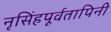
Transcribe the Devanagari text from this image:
नृसिंहपूर्वतापिनी